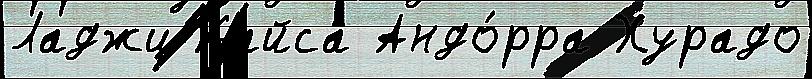
Ладжи Кайса Андо́рра Хурадо